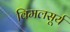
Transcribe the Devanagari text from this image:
विमलसूर्य